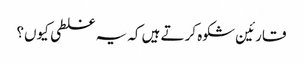
قارئین شکوہ کرتے ہیں کہ یہ غلطی کیوں؟